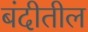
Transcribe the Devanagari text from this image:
बंदीतील